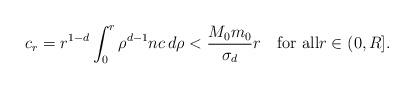
LaTeX: \begin{align*}c_{r}=r^{1-d}\int_{0}^{r}\rho^{d-1}nc\,d\rho < \frac{M_{0}m_{0}}{\sigma_{d}}r \quad\mbox{for all}r\in(0,R].\end{align*}